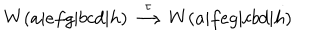
LaTeX: W ( a | e f g | b c d | h ) \stackrel { \tau } { \longrightarrow } W ( a | f e g | c b d | h )